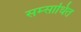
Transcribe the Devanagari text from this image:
सम्साधित